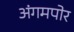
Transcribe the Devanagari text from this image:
अंगमपोर